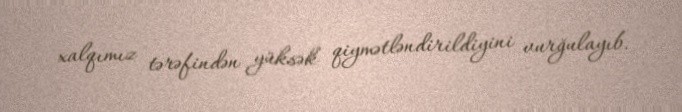
xalqımız tərəfindən yüksək qiymətləndirildiyini vurğulayıb.